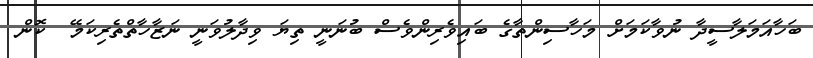
ބަހާއަމަލާސީދާ ނުވާކަމަށް މަހާސިންތާގެ ބައިވެރިންވެސް ބުނަނީ ތިޔަ ވިދާލުވަނީ ނަޒާހާތްތެރިކަމޭ  ކޮން